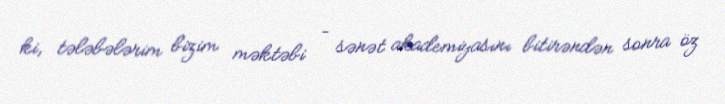
ki, tələbələrim bizim məktəbi – sənət akademiyasını bitirəndən sonra öz